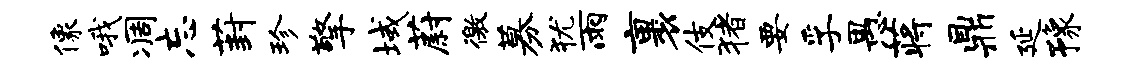
像哦凋忘葑珍擎域蔚徼募犹雨裹伎猪要孚愚蒋鼎延豫